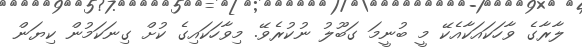
ލާރާގެ ވާހަކައަކާއެކޭ މީ ބުނީމަ ގަބޫލު ނުކުރެވޭ. މިވާހަކައިގެ ކުށް ގިނަކަމުން ކިޔަން